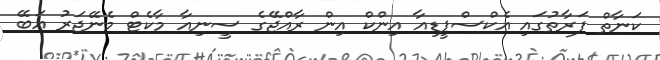
ކަނާތް ފަރާތުގައި އެކްސްޕީޑިއާ އިންކް އިން ރާއްޖޭގެ ސީނިއާ މާކެޓް މެނޭޖަރު އަބޭ